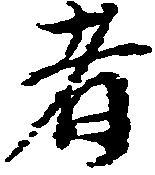
者